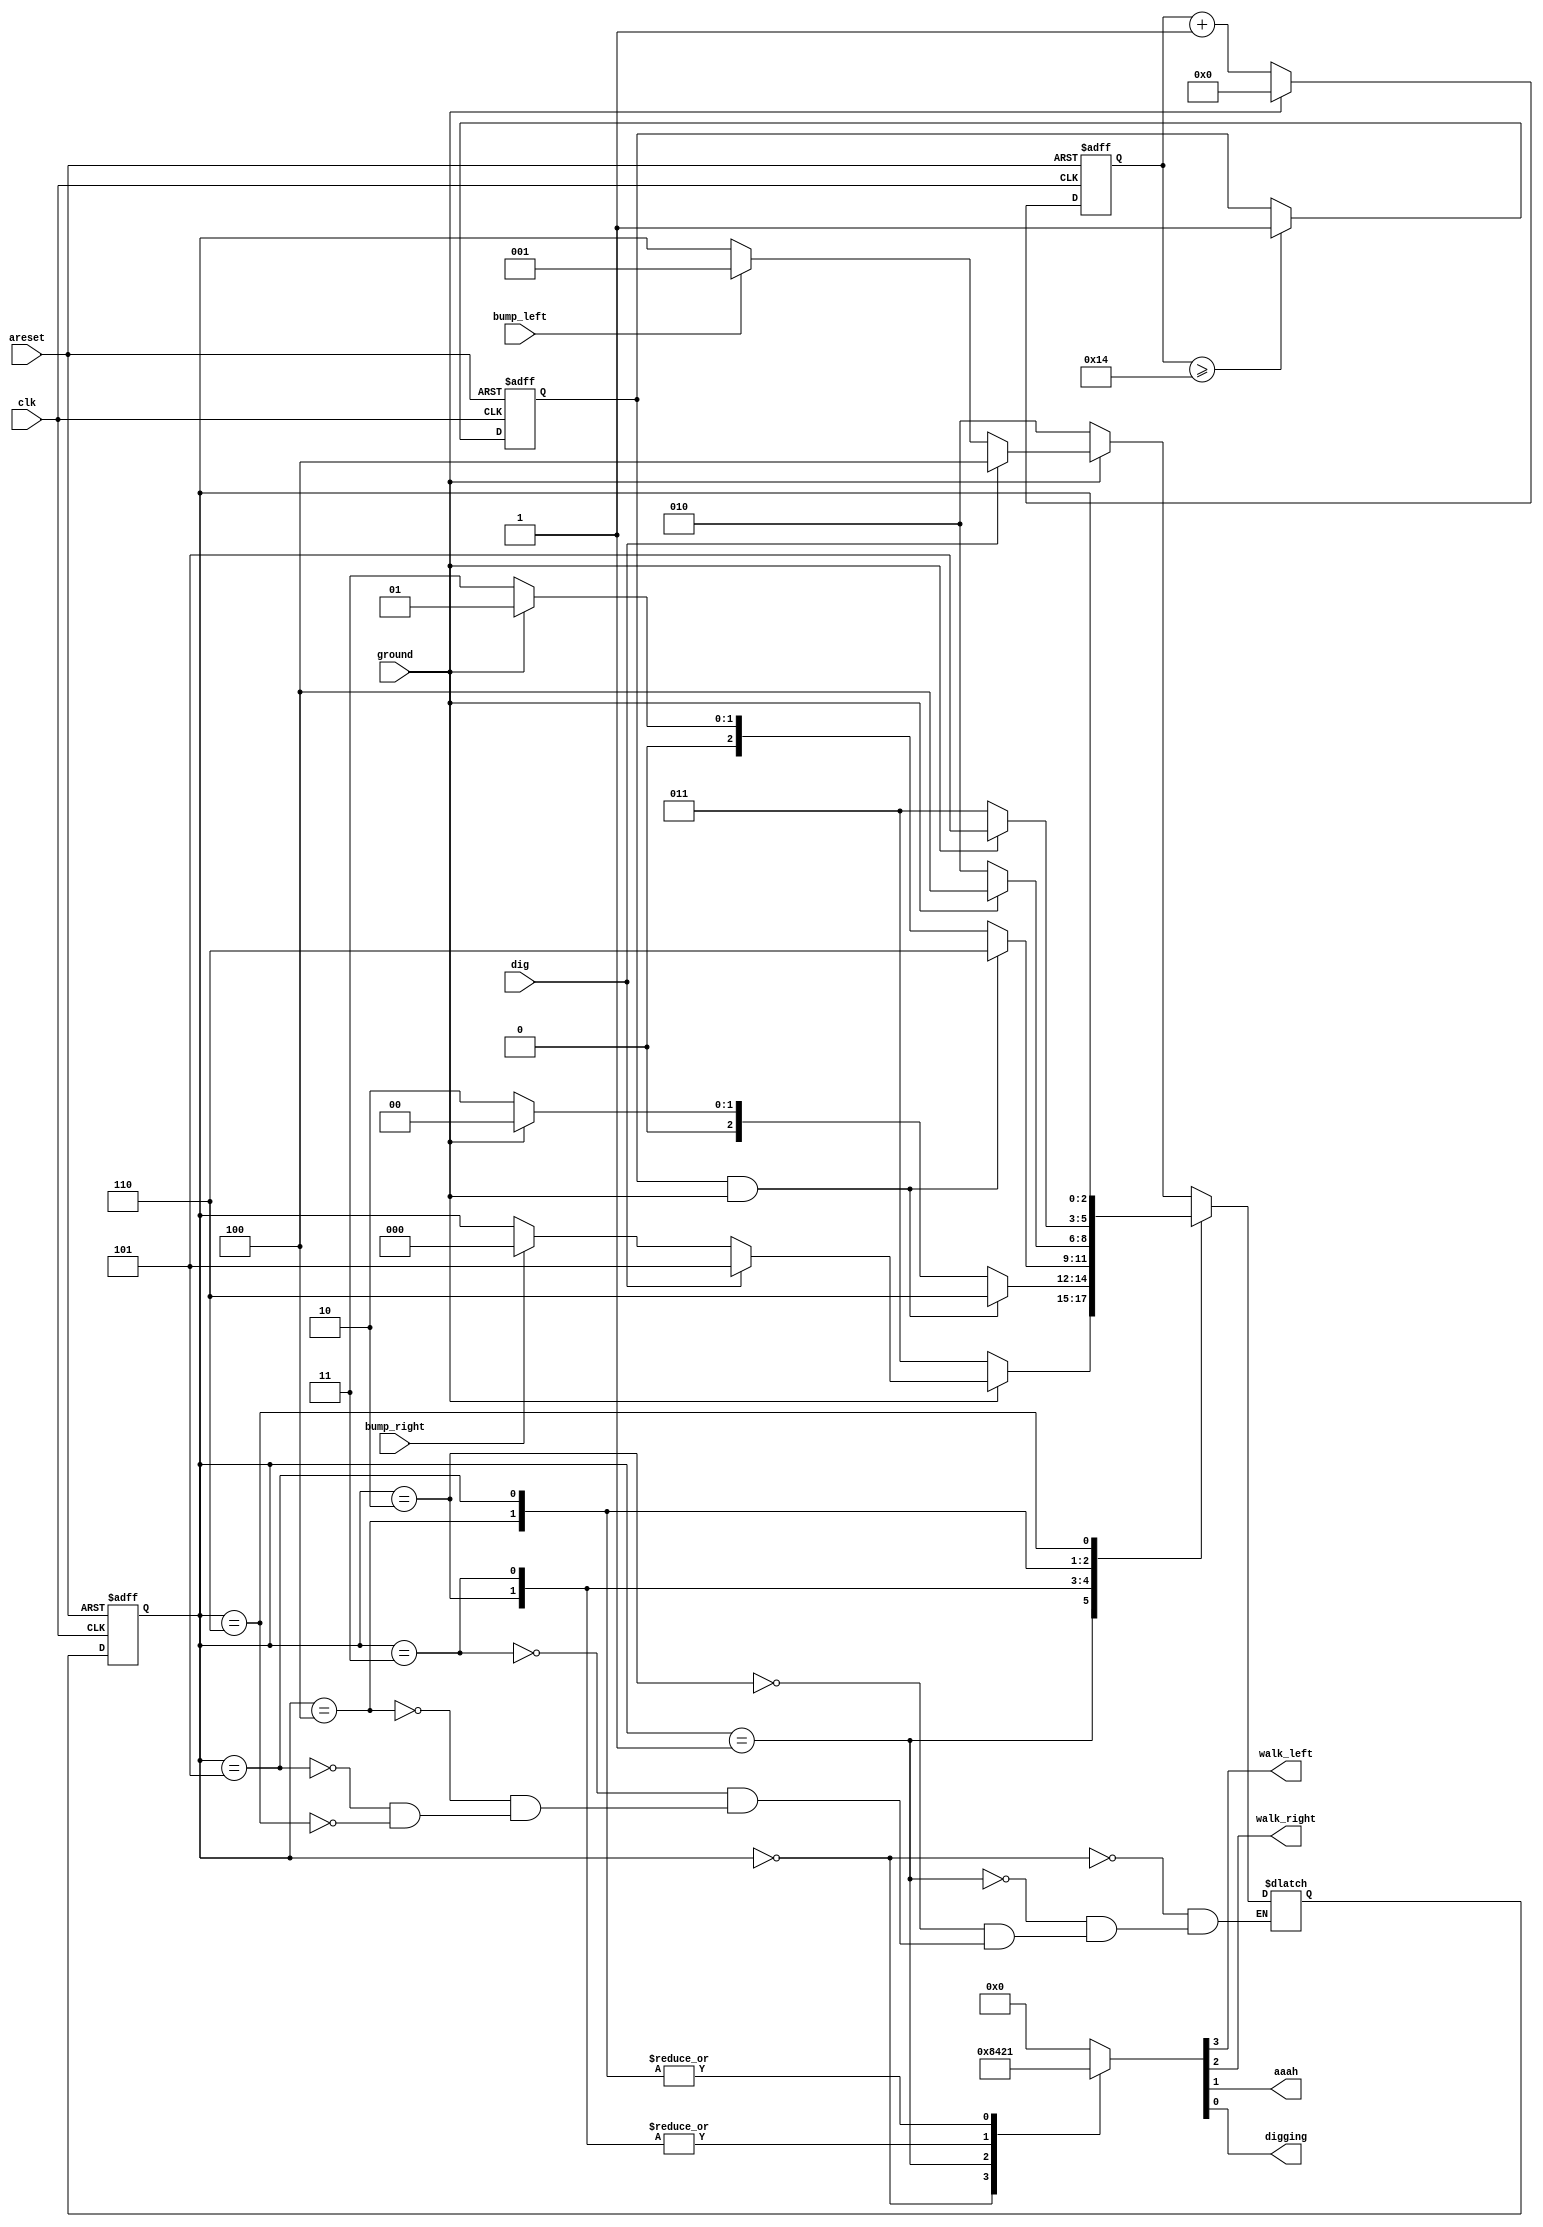
module top_module(
    input clk,
    input areset,    // Freshly brainwashed Lemmings walk left.
    input bump_left,
    input bump_right,
    input ground,
    input dig,
    output walk_left,
    output walk_right,
    output aaah,
    output digging ); 
   
  
  //参数说明：
  //drop_cnt为下落时间计时，若drop_cnt>=20，落地即死
  //g20为drop_cnt>=20的标志
    parameter LF=0,RT=1,LFD=2,RTD=3,LFG=4,RTG=5,DEAD=6;
    reg [2:0] state, next_state;
    reg [4:0] drop_cnt;
    reg g20;
    
    always@(posedge clk or posedge areset)
        begin
            if (areset) 
                drop_cnt <= 0;
            else if (ground)
                drop_cnt <= 0;
            else
                drop_cnt <= drop_cnt+1;
        end
   
  //previous: assign g20=(drop_cnt>=20)
  //error
  //猜测原因，使用assign时，ground=1时，g20=0，在状态转移中差了一个周期
  //小人永远不会死了
    always@(posedge clk or posedge areset)
        begin
            if (areset) 
                g20 <= 0;
            else if (drop_cnt>=5'd20)
                g20 <= 1;
            else 
                g20 <= g20;
        end
    
    always @(posedge clk or posedge areset)
        begin
            if(areset)
                state <= LF;
            else
                state <= next_state;
        end
    
    always @(*)
        begin
            case(state)
                LF: begin
                    if(!ground) next_state = LFD;
                    else if(dig) next_state=LFG;
                    else if(bump_left) next_state=RT; 
                    else next_state=state;
                end
                RT:begin
                    if(!ground) next_state = RTD;
                    else if(dig) next_state=RTG;
                    else if(bump_right) next_state=LF;
                    else next_state=state;
                end
                LFD: next_state = (g20&ground)?DEAD:(ground?LF:LFD);
                RTD: next_state = (g20&ground)?DEAD:(ground?RT:RTD);
                LFG: next_state = (!ground)?LFD:LFG;
                RTG: next_state = (!ground)?RTD:RTG; 
                DEAD:next_state = state;
            endcase
        end
    
    always@(*)
        begin
            case(state)
                LF: {walk_left,walk_right,aaah,digging}=4'b1000;
                RT: {walk_left,walk_right,aaah,digging}=4'b0100;
                LFD: {walk_left,walk_right,aaah,digging}=4'b0010;
                RTD: {walk_left,walk_right,aaah,digging}=4'b0010;
                LFG: {walk_left,walk_right,aaah,digging}=4'b0001;
                RTG: {walk_left,walk_right,aaah,digging}=4'b0001;
                DEAD: {walk_left,walk_right,aaah,digging}=4'b0000;
                default: {walk_left,walk_right,aaah,digging}=4'b0000;
            endcase
        end

endmodule